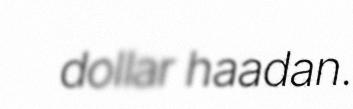
dollar haadan.